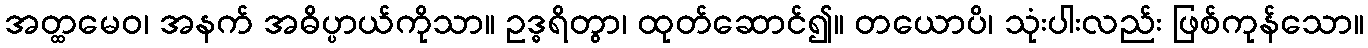
အတ္ထမေဝ၊ အနက် အဓိပ္ပာယ်ကိုသာ။ ဥဒ္ဓရိတွာ၊ ထုတ်ဆောင်၍။ တယောပိ၊ သုံးပါးလည်း ဖြစ်ကုန်သော။